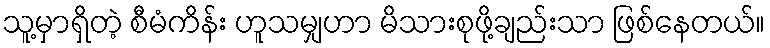
သူ့မှာရှိတဲ့ စီမံကိန်း ဟူသမျှဟာ မိသားစုဖို့ချည်းသာ ဖြစ်နေတယ်။